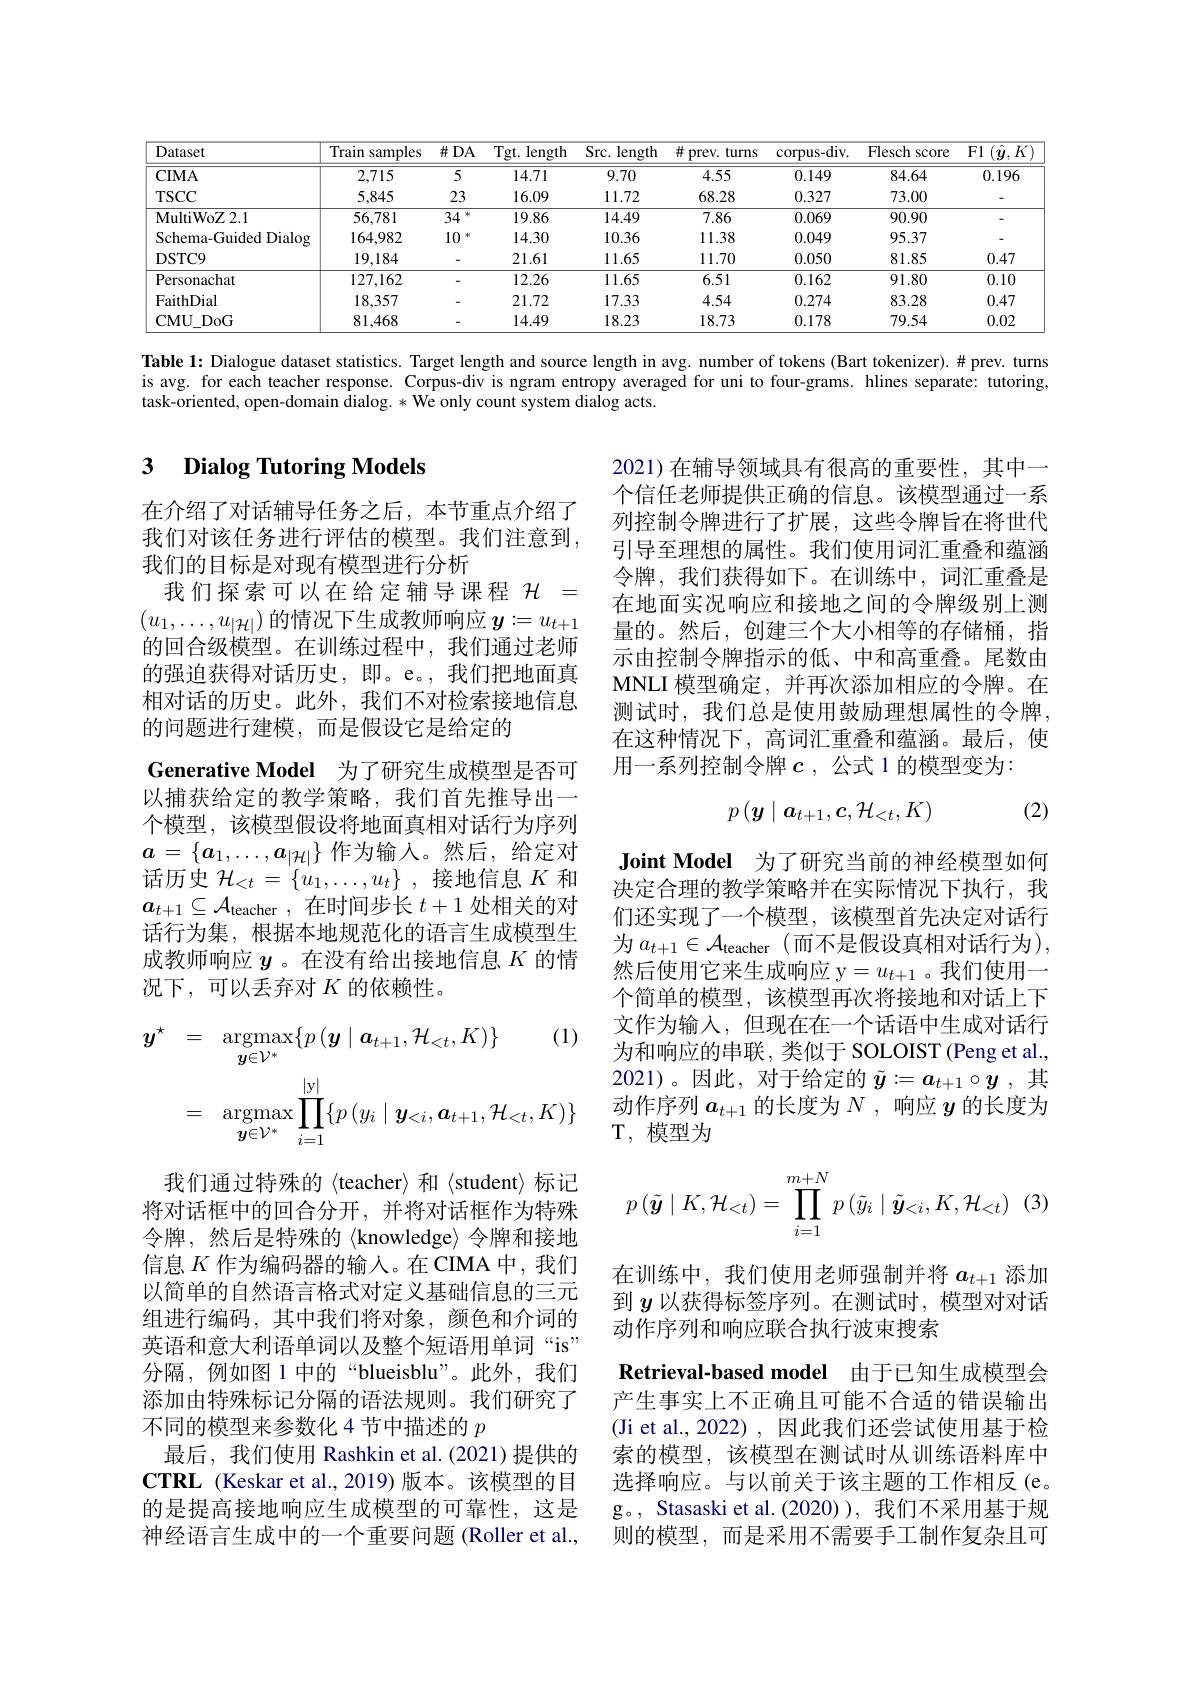
<table>
	<tbody>
		<tr>
			<th>Dataset</th>
			<th>Train samples 1</th>
			<th>$\#DA$</th>
			<th>Tgt. length</th>
			<th>Src. length</th>
			<th>井 prev. turns</th>
			<th>corpus- div. </th>
			<th>Flesch score</th>
			<th>F1 $(\hat{\boldsymbol{y}},K)$</th>
		</tr>
		<tr>
			<td>$CIMA$</td>
			<td>2,715</td>
			<td>5</td>
			<td>14.71</td>
			<td>9.70</td>
			<td>4.55</td>
			<td>0.149</td>
			<td>84.64</td>
			<td>0.196</td>
		</tr>
		<tr>
			<td>$TSCC$</td>
			<td>5,845</td>
			<td>23</td>
			<td>16.09</td>
			<td>11.72</td>
			<td>68.28</td>
			<td>0.327</td>
			<td>73.00</td>
			<td> </td>
		</tr>
		<tr>
			<td>MultiWoZ2.1</td>
			<td>56,781</td>
			<td>34 $x+1$</td>
			<td>19.86</td>
			<td>14.49</td>
			<td>7.86</td>
			<td>0.069</td>
			<td>90.90</td>
			<td> </td>
		</tr>
		<tr>
			<td>Schema-Guided Dialog</td>
			<td>164,982</td>
			<td>10 $x+1$</td>
			<td>14.30</td>
			<td>10.36</td>
			<td>11.38</td>
			<td>0.049</td>
			<td>95.37</td>
			<td> </td>
		</tr>
		<tr>
			<td>DSTC9</td>
			<td>19,184</td>
			<td> </td>
			<td>21.61</td>
			<td>11.65</td>
			<td>11.70</td>
			<td>0.050</td>
			<td>81.85</td>
			<td>0.47</td>
		</tr>
		<tr>
			<td>Personachat</td>
			<td>127,162</td>
			<td>-</td>
			<td>12.26</td>
			<td>11.65</td>
			<td>6.51</td>
			<td>0.162</td>
			<td>91.80</td>
			<td>0.10</td>
		</tr>
		<tr>
			<td>FaithDial</td>
			<td>18,357</td>
			<td>-</td>
			<td>21.72</td>
			<td>17.33</td>
			<td>4.54</td>
			<td>0.274</td>
			<td>83.28</td>
			<td>0.47</td>
		</tr>
		<tr>
			<td>$\mathbf{CMU}$ ${[\mathrm{DoG}]}$</td>
			<td>81,468</td>
			<td>-</td>
			<td>14.49</td>
			<td>18.23</td>
			<td>18.73</td>
			<td>0.178</td>
			<td>79.54</td>
			<td>0.02</td>
		</tr>
	</tbody>
</table>

Table 1: Dialogue dataset statistics. Target length and source length in avg. number of tokens (Bart tokenizer).# prev. turns is avg. for each teacher response. Corpus-div is ngram entropy averaged for uni to four-grams. hlines separate: tutoring, task-oriented, open-domain $\bar{\text{dialog.}}*\bar{\text{We only count system dialog acts.}}$

### 3 Dialog Tutoring Models

2021)在辅导领域具有很高的重要性，其中一个信任老师提供正确的信息。该模型通过一系列控制令牌进行了扩展，这些令牌旨在将世代引导至理想的属性。我们使用词汇重叠和蕴涵令牌，我们获得如下。在训练中，词汇重叠是在地面实况响应和接地之间的令牌级别上测量的。然后，创建三个大小相等的存储桶，指示由控制令牌指示的低、中和高重叠。尾数由MNLI 模型确定，并再次添加相应的令牌。在测试时，我们总是使用鼓励理想属性的令牌， 在这种情况下，高词汇重叠和蕴涵。最后，使用一系列控制令牌$c$ ,公式 1 的模型变为：

在介绍了对话辅导任务之后，本节重点介绍了我们对该任务进行评估的模型。我们注意到， 我们的目标是对现有模型进行分析
我们探索可以在给定辅导课程$\mathcal{H}=$ $(u_1,\ldots,u_{|\mathcal{H}|})$的情况下生成教师响应$\boldsymbol y:=u_t+1$ 的回合级模型。在训练过程中，我们通过老师的强迫获得对话历史，即。e。,我们把地面真相对话的历史。此外，我们不对检索接地信息的问题进行建模，而是假设它是给定的
Generative Model 为了研究生成模型是否可以捕获给定的教学策略，我们首先推导出一个模型，该模型假设将地面真相对话行为序列$a=\{a_1,\ldots,a_{|\mathcal{H}|}\}$作为输入。然后，给定对话历史$\mathcal{H}_{<t}=\{u_1,\ldots,u_t\}$ ,接地信息$K$和$a_{t+1}\subseteq\mathcal{A}_\text{teacher }$,在时间步长 $t+1$ 处相关的对话行为集，根据本地规范化的语言生成模型生成教师响应$y$ 。在没有给出接地信息$K$的情况下，可以丢弃对$K$的依赖性。

(2)
$$p\left(\boldsymbol{y}\mid\boldsymbol{a}_{t+1},\boldsymbol{c},\mathcal{H}_{<t},K\right)$$
Joint Model 为了研究当前的神经模型如何决定合理的教学策略并在实际情况下执行，我们还实现了一个模型，该模型首先决定对话行为$a_{t+1}\in\mathcal{A}_{\mathrm{teacher}}\left(\text{而不是假设真相对话行为}\right)$, 然后使用它来生成响应 y$=u_{t+1}$。我们使用一个简单的模型，该模型再次将接地和对话上下文作为输入，但现在在一个话语中生成对话行为和响应的串联，类似于 SOLOIST (Peng et al., 2021)。因此，对于给定的$\tilde{\boldsymbol{y}}:=a_{t+1}\circ\boldsymbol{y}$ ,其动作序列$a_t+1$的长度为$N$ ,响应$y$的长度为T, 模型为
$$\begin{aligned}\boldsymbol{y}^{\star}&=\quad\underset{\boldsymbol{y}\in\mathcal{V}^{*}}{\operatorname*{argmax}}\{p\left(\boldsymbol{y}\mid\boldsymbol{a}_{t+1},\mathcal{H}_{<t},K\right)\}\quad(1)\\&=\quad\underset{\boldsymbol{y}\in\mathcal{V}^{*}}{\operatorname*{argmax}}\prod_{i=1}^{|\boldsymbol{y}|}\{p\left(y_{i}\mid\boldsymbol{y}_{<i},\boldsymbol{a}_{t+1},\mathcal{H}_{<t},K\right)\}\end{aligned}$$
$$p\left(\tilde{\boldsymbol{y}}\mid K,\mathcal{H}_{<t}\right)=\prod_{i=1}^{m+N}p\left(\tilde{y}_{i}\mid\tilde{\boldsymbol{y}}_{<i},K,\mathcal{H}_{<t}\right)$$
我们通过特殊的〈teacher〉和〈student〉标记将对话框中的回合分开，并将对话框作为特殊令牌，然后是特殊的〈knowledge〉令牌和接地信息$K$ 作为编码器的输入。在 CIMA 中，我们以简单的自然语言格式对定义基础信息的三元组进行编码，其中我们将对象，颜色和介词的英语和意大利语单词以及整个短语用单词“is” 分隔，例如图 1 中的“blueisblu”。此外，我们添加由特殊标记分隔的语法规则。我们研究了不同的模型来参数化 4 节中描述的$p$
最后，我们使用 Rashkin et al.(2021)提供的$\mathbf{CTRL}$ (Keskar et al.,2019) 版本。该模型的目的是提高接地响应生成模型的可靠性，这是神经语言生成中的一个重要问题(Roller et al.,

在训练中，我们使用老师强制并将$a_{t+1}$添加到$y$以获得标签序列。在测试时，模型对对话动作序列和响应联合执行波束搜索
Retrieval-based model 由于已知生成模型会产生事实上不正确且可能不合适的错误输出(Ji et al.,2022),因此我们还尝试使用基于检索的模型，该模型在测试时从训练语料库中选择响应。与以前关于该主题的工作相反(e。g。, Stasaski et al.(2020) ), 我们不采用基于规则的模型，而是采用不需要手工制作复杂且可